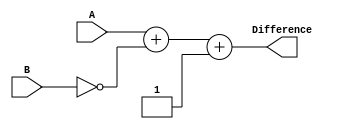
module carry_lookahead_subtractor (
    input wire [3:0] A,
    input wire [3:0] B,
    output wire [3:0] Difference
);

wire [3:0] B_inv;
wire [3:0] Cin;
wire [3:0] G, P, C_out;

assign B_inv = ~B;
assign Cin = 1'b1;
assign G = A & B_inv;
assign P = A ^ B_inv;
assign C_out = G | (P & Cin);

assign Difference = A + B_inv + Cin;

endmodule